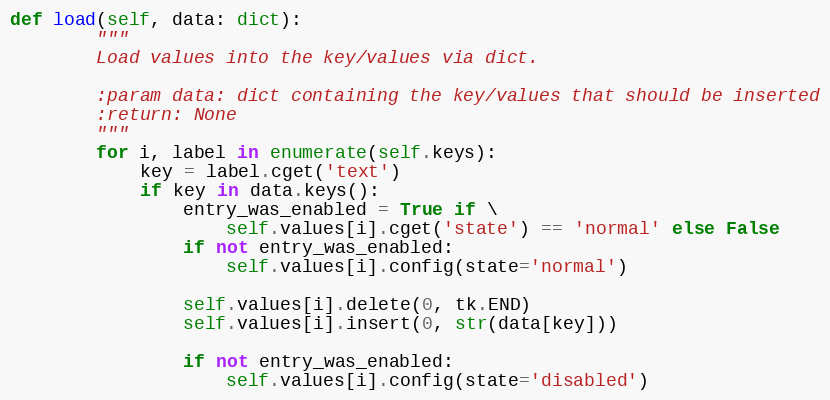
Language: Python
def load(self, data: dict):
        """
        Load values into the key/values via dict.

        :param data: dict containing the key/values that should be inserted
        :return: None
        """
        for i, label in enumerate(self.keys):
            key = label.cget('text')
            if key in data.keys():
                entry_was_enabled = True if \
                    self.values[i].cget('state') == 'normal' else False
                if not entry_was_enabled:
                    self.values[i].config(state='normal')

                self.values[i].delete(0, tk.END)
                self.values[i].insert(0, str(data[key]))

                if not entry_was_enabled:
                    self.values[i].config(state='disabled')